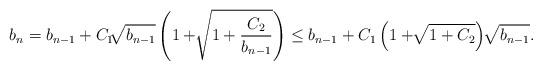
LaTeX: \begin{align*}b_{n}=b_{n-1}+C_{1} \sqrt[]{b_{n-1}}\left(1+ \sqrt[]{1+\frac{C_{2}}{b_{n-1}}}\right)\leq b_{n-1}+C_{1}\left(1+ \sqrt[]{1+C_{2}}\right) \sqrt[]{b_{n-1}}.\end{align*}